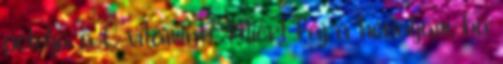
pótolja a C vitamint? Miért fáj a hónaljam, ha